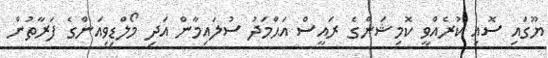
ޔޫގައި ސޮއި ކުރެއްވީ ކޮމިޝަންގެ ރައީސް އަޙްމަދު ސުލައިމާން އަދި މޯލްޑިވިއަންގެ ފަރާތުން